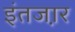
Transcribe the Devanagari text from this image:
इंतजा़र